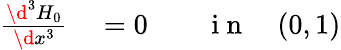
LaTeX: \begin{array}{rlrl}{\frac{\d^{3}H_{0}}{\d x^{3}}}&{{}=0}&{}&{{}\mathrm{~i~n~}\quad(0,1)}\end{array}